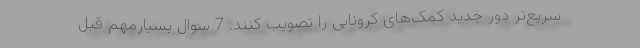
سریع‌تر دور جدید کمک‌های کرونایی را تصویب کنند. 7 سوال بسیارمهم قبل